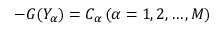
- G ( Y _ { \alpha } ) = C _ { \alpha } \, ( \alpha = 1 , 2 , \dots , M )